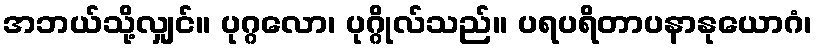
အဘယ်သို့လျှင်။ ပုဂ္ဂလော၊ ပုဂ္ဂိုလ်သည်။ ပရပရိတာပနာနုယောဂံ၊